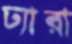
ঢ্যারা